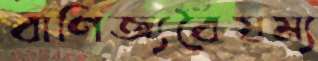
বাণিজ্যবৈষম্য